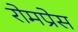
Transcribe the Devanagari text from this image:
रोमप्रेस